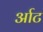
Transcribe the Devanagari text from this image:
र्आट